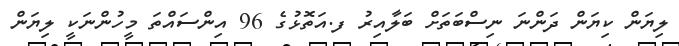
ލިޔަން ކިޔަން ދަންނަ ނިސްބަތަށް ބަލާއިރު ފ.އަތޮޅުގެ 96 އިންސައްތަ މީހުންނަކީ ލިޔަން